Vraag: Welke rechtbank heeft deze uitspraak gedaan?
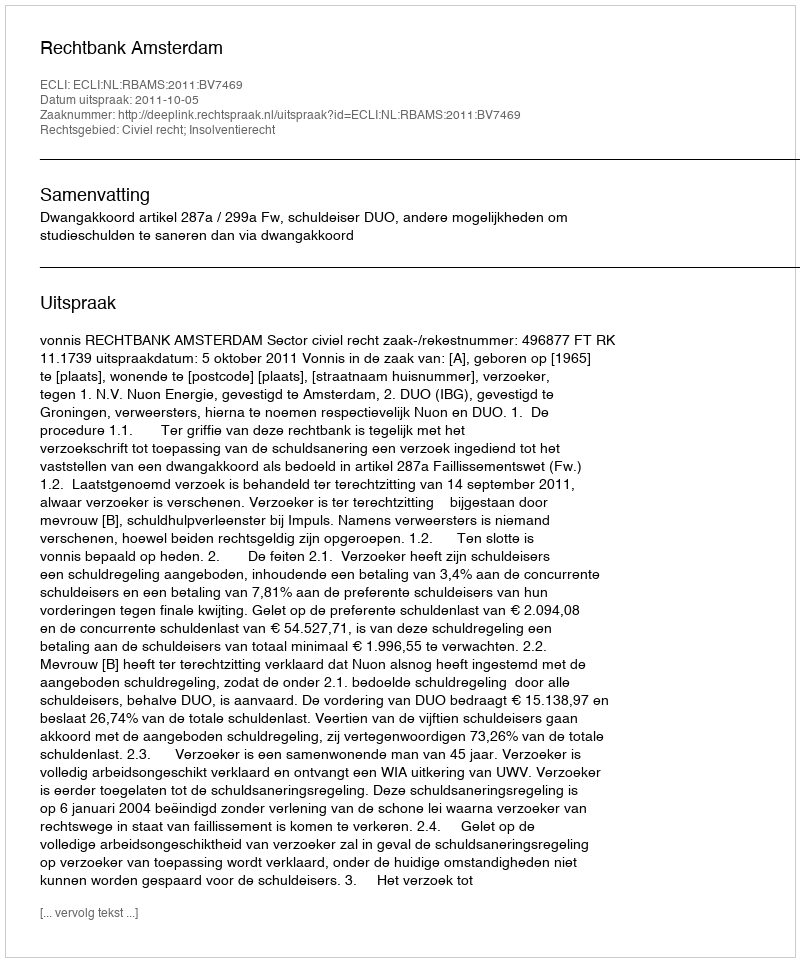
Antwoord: Rechtbank Amsterdam